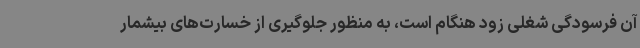
آن فرسودگی شغلی زود هنگام است، به منظور جلوگیری از خسارت‌های بیشمار